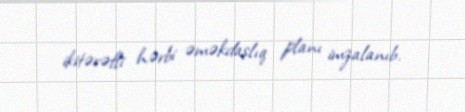
ikitərəfli hərbi əməkdaşlıq planı imzalanıb.